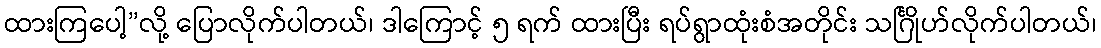
ထားကြပေါ့”လို့ ပြောလိုက်ပါတယ်၊ ဒါကြောင့် ၅ ရက် ထားပြီး ရပ်ရွာထုံးစံအတိုင်း သင်္ဂြိုဟ်လိုက်ပါတယ်၊